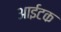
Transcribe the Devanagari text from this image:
आईटक